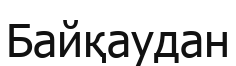
Байқаудан